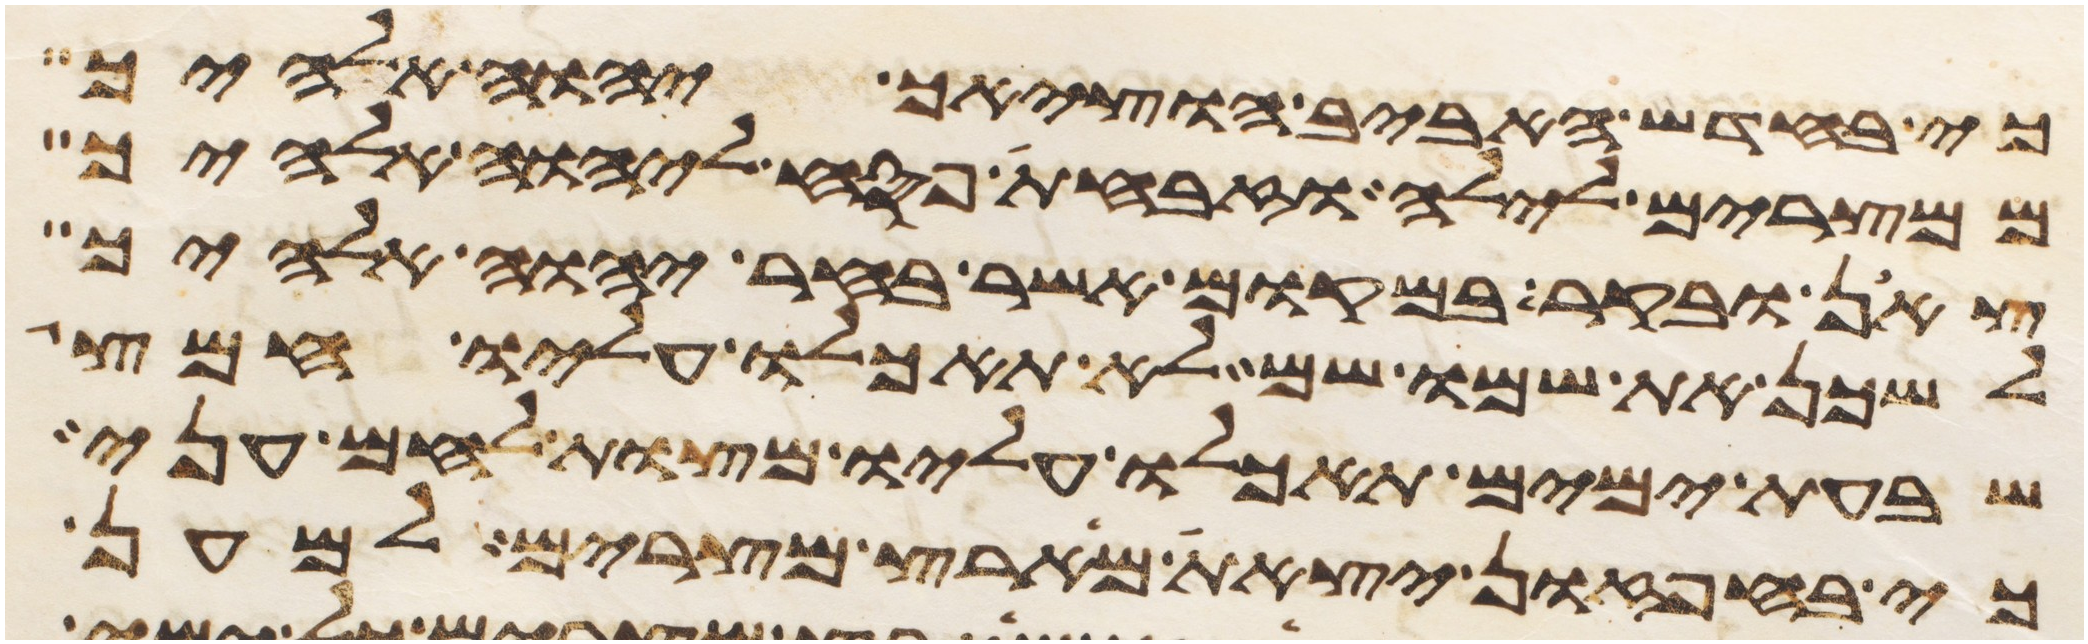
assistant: כי בחדש האביב הוציאך יהוה אלהיך
ממצרים לילה וזבחת פסח ליהוה אלהיך
צאן ובקר במקום אשר בחר יהוה אלהיך
לשכן את שמו שם לא תאכלו עליו חמץ
שבעת ימים תאכלו עליו מצות לחם עני
כי בחפזון יצאת מארץ מצרים למען